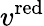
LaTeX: v^{\mathrm{red}}